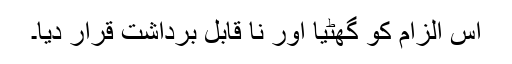
اس الزام کو گھٹیا اور نا قابل برداشت قرار دیا۔